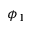
\phi _ { 1 }